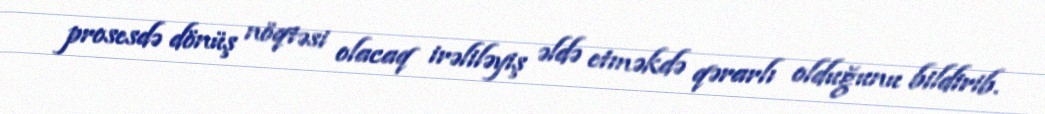
prosesdə dönüş nöqtəsi olacaq irəliləyiş əldə etməkdə qərarlı olduğunu bildirib.